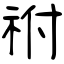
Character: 祔